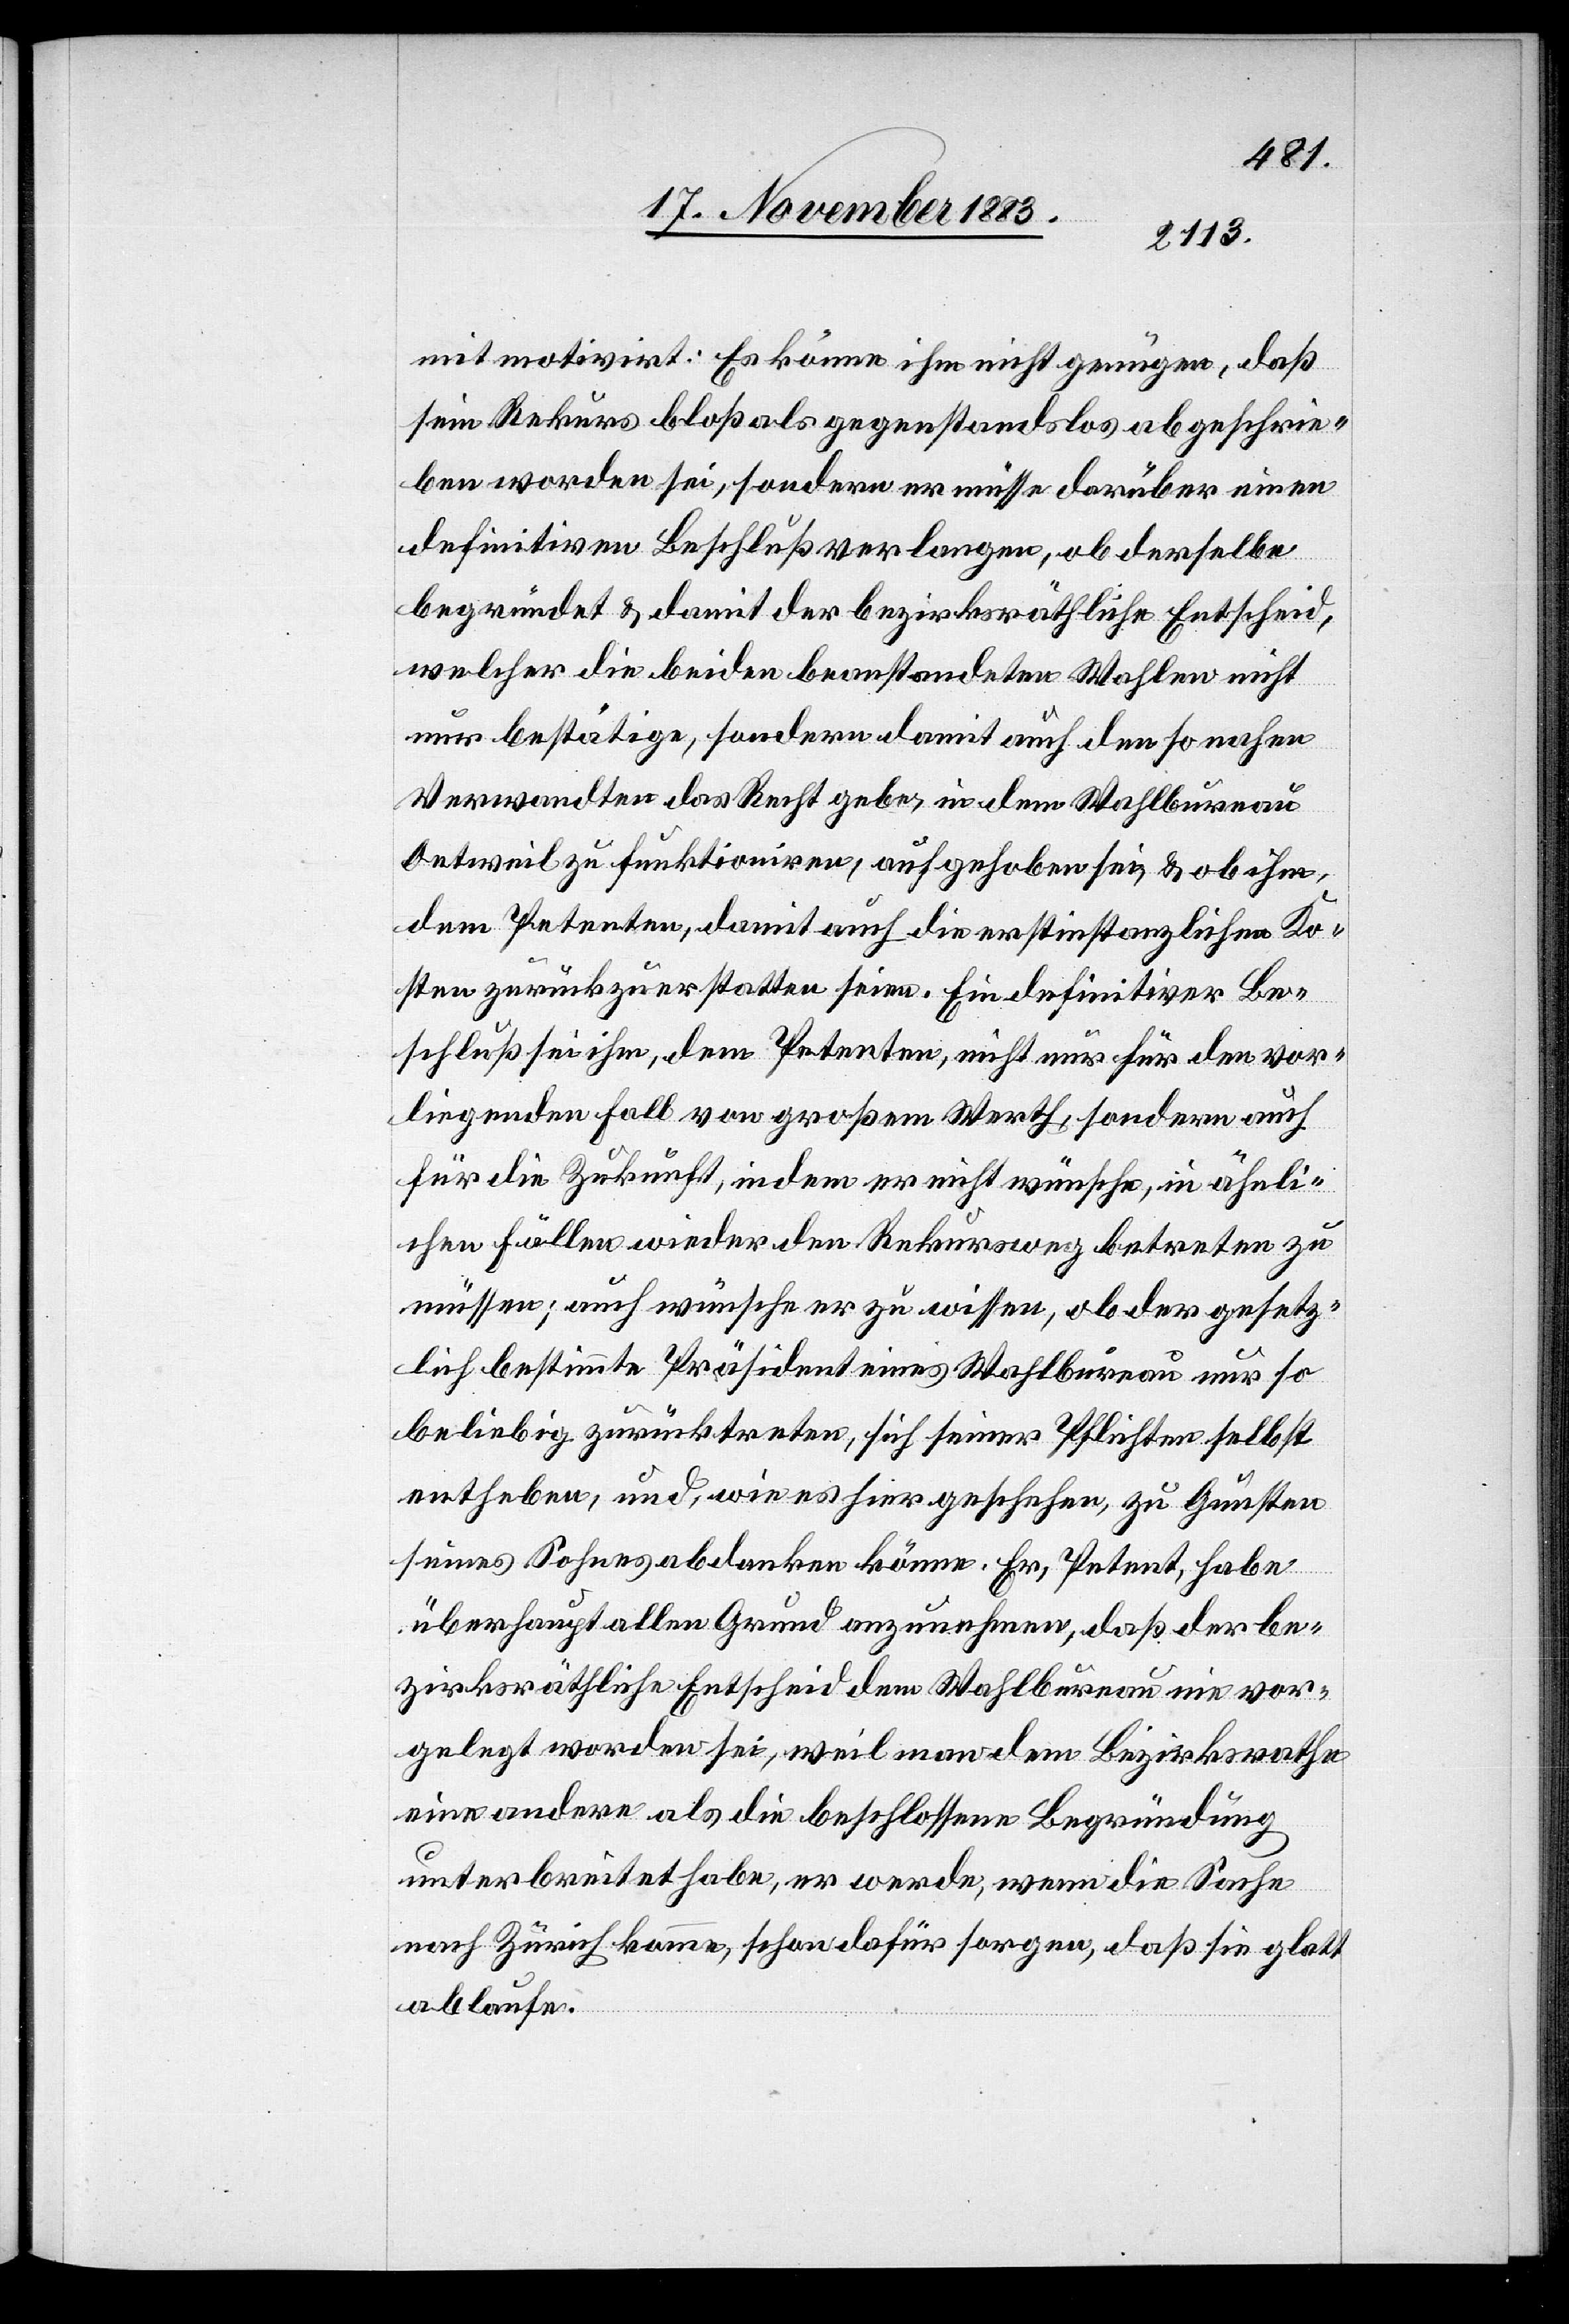
mit motivirt: Es könne ihm nicht genügen, daß
sein Rekurs bloß als gegenstandslos abgeschrie¬
ben worden sei, sondern er müsse darüber einen
definitiven Beschluß verlangen, ob derselbe
begründet & damit der bezirksräthliche Entscheid,
welcher die beiden beanstandeten Wahlen nicht
nur bestätige, sondern damit auch den so nahen
Verwandten das Recht gebe, in dem Wahlbureau
Oetweil zu funktioniren, aufgehoben sei, & ob ihm,
dem Petenten, damit auch die erstinstanzlichen Ko¬
sten zurückzuerstatten seien. Ein definitiver Be¬
schluß sei ihm, dem Petenten, nicht nur für den vor¬
liegenden Fall von großem Werth, sondern auch
für die Zukunft, indem er nicht wünsche, in ähnli¬
chen Fällen wieder den Rekursweg betreten zu
müssen; auch wünsche er zu wissen, ob der gesetz¬
liche bestimmte Präsident eines Wahlbureau nur so
beliebig zurücktreten, sich seiner Pflichten selbst
entheben, und, wie es hier geschehen, zu Gunsten
seines Sohnes abdanken könne. Er, Petent, habe
überhaupt allen Grund anzunehmen, daß der be¬
zirksräthliche Entscheid dem Wahlbureau nie vor¬
gelegt worden sei, weil man dem Bezirksrathe
eine andere als die beschlossene Begründung
unterbreitet habe, er werde, wenn die Sache
nach Zürich komme, schon dafür sorgen, daß sie glatt
ablaufe.